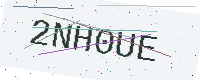
Text: 2NH0UE